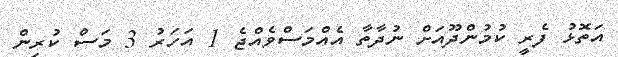
އަތޮޅު ފެރީ ކުމުންދޫއަށް ނުދާތާ އެއްމަސްވެއްޖެ 1 އަހަރު 3 މަސް ކުރިން